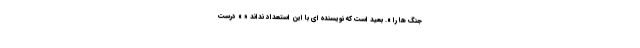
جنگ ها را ». بعید است که نویسنده ای با این استعداد نداند « » درست